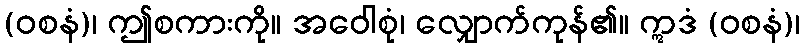
(ဝစနံ)၊ ဤစကားကို။ အဝေါစုံ၊ လျှောက်ကုန်၏။ ဣဒံ (ဝစနံ)၊